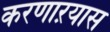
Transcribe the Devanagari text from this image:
करणाऱयास